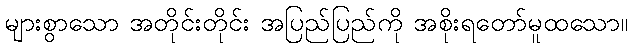
များစွာသော အတိုင်းတိုင်း အပြည်ပြည်ကို အစိုးရတော်မူထသော။